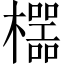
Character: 𱤯